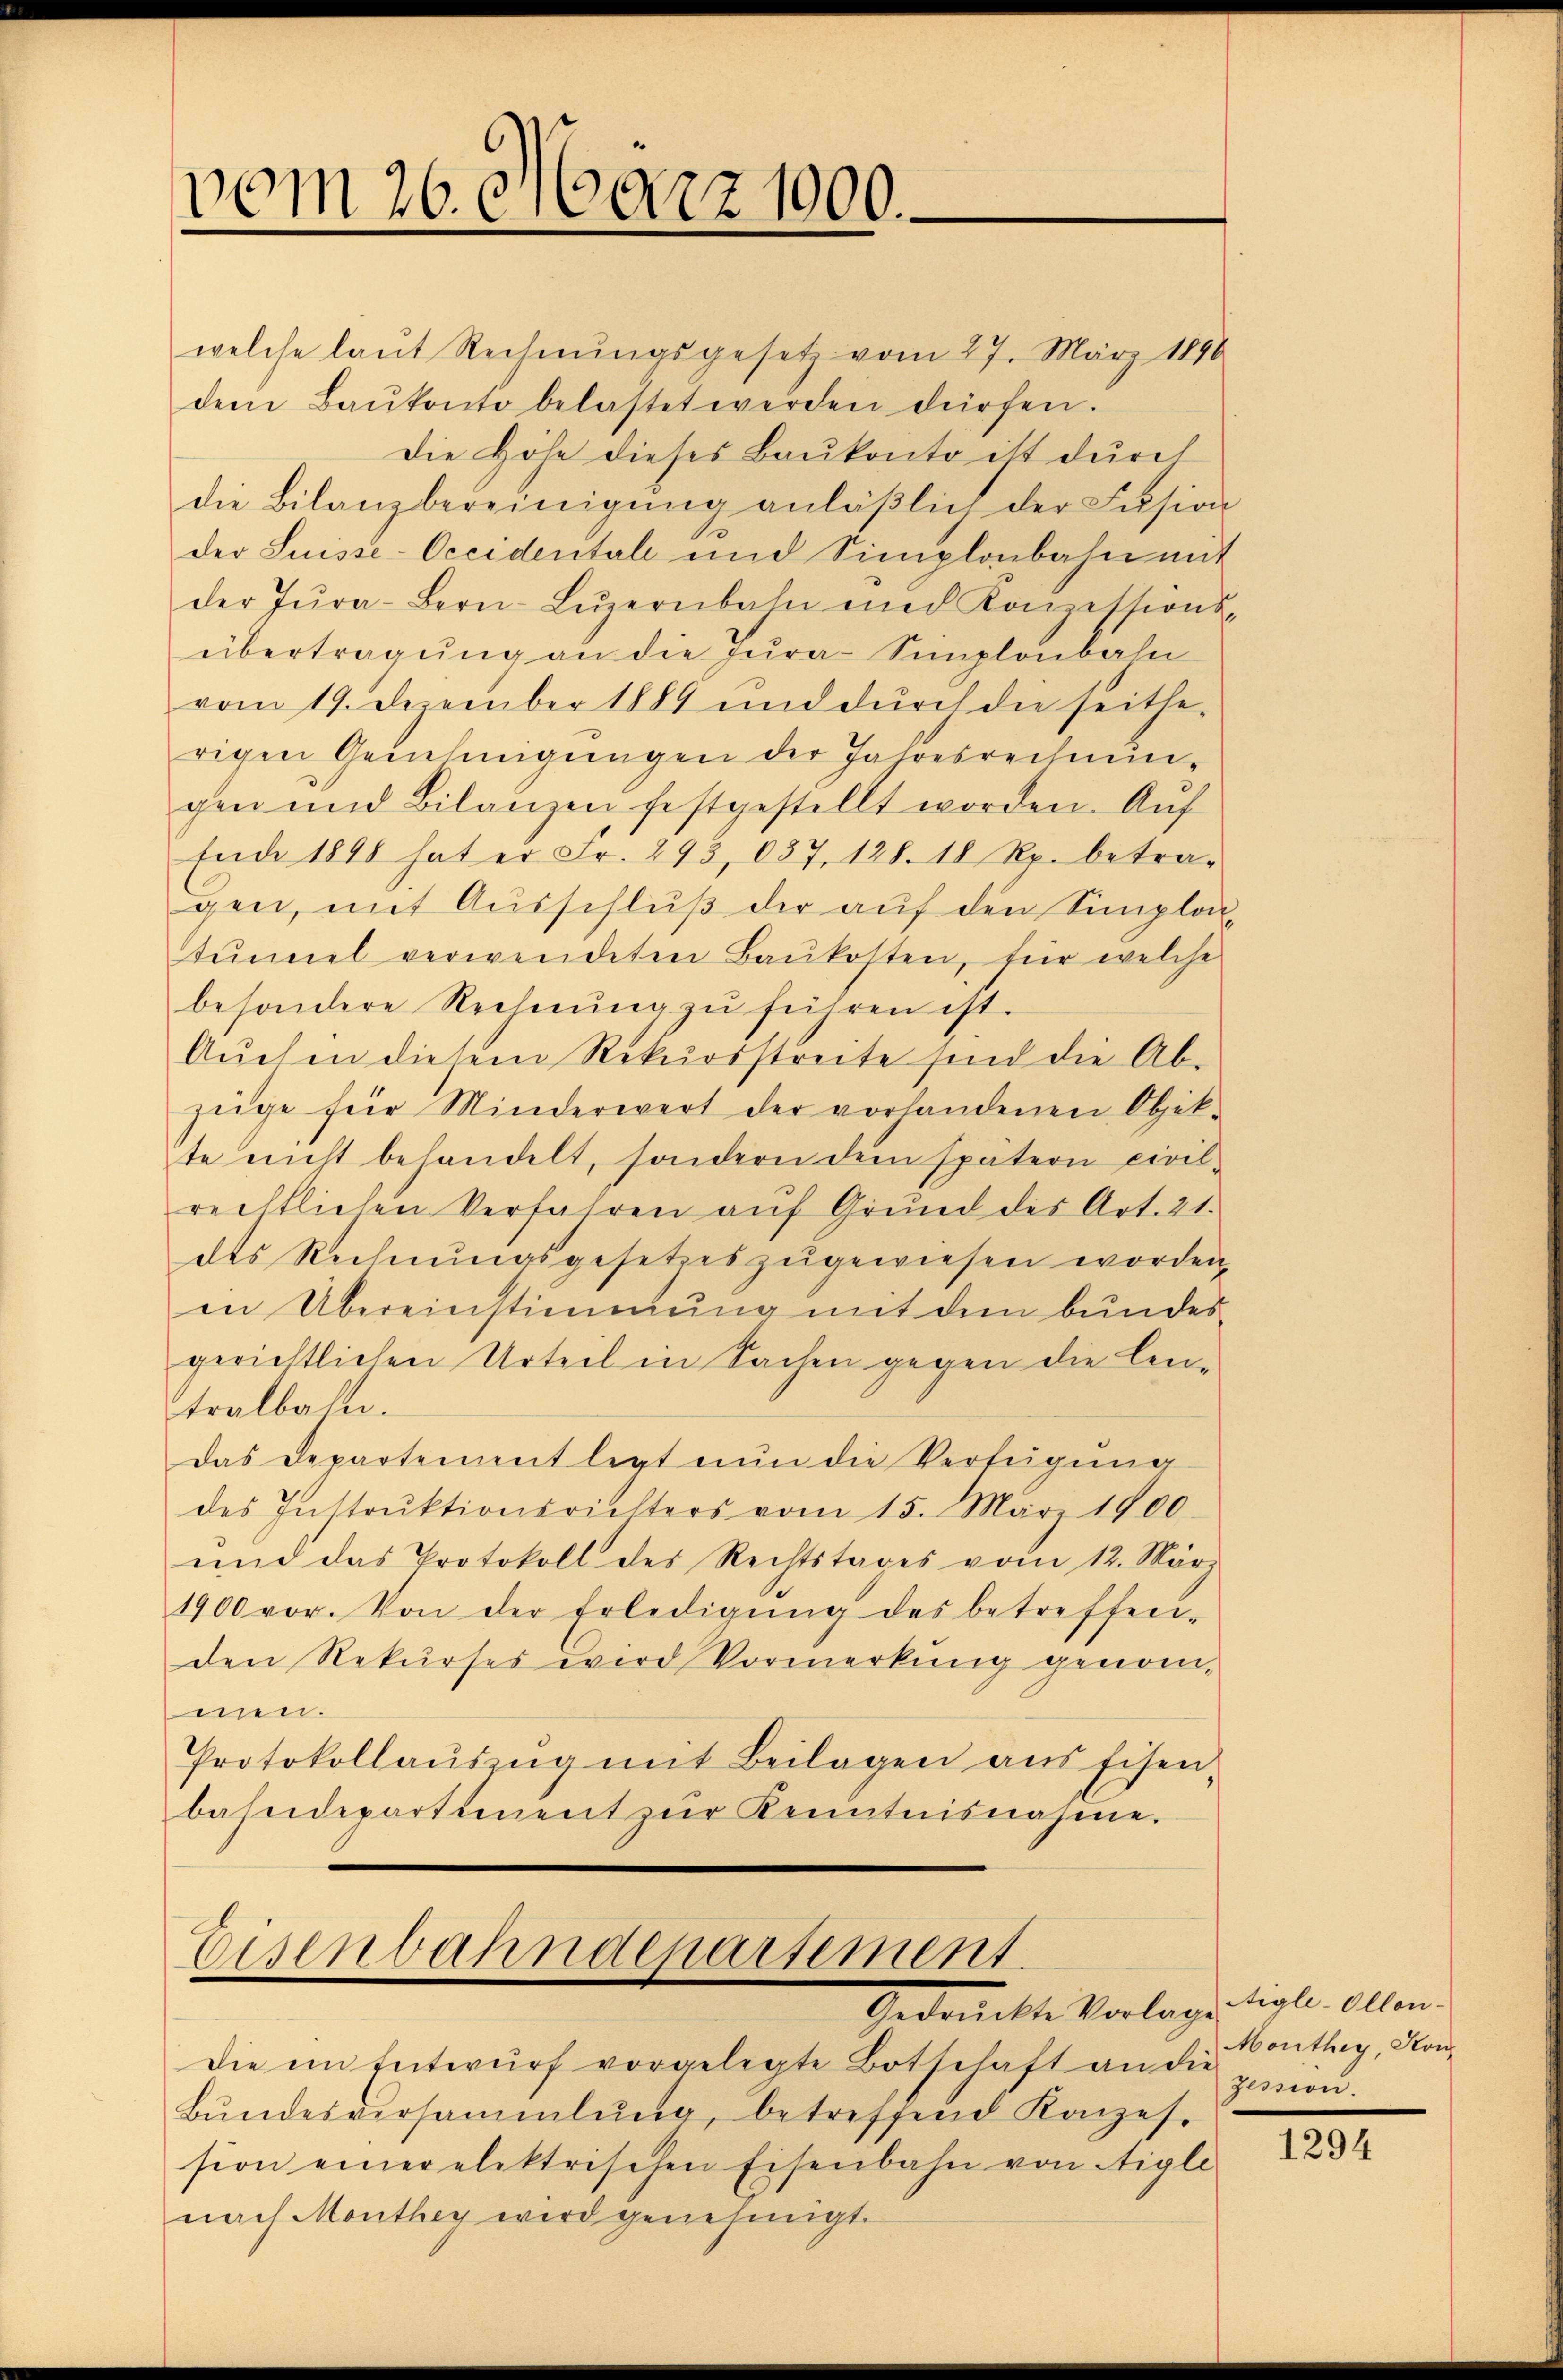
vom 26. März 1000.

Die Höhe dieses Baukonto ist durch
die Bilanzbereinigŭng anläβlich der Fusion
der Suisse-Occidentale und Simplonbahn mit
der Tŭra-Bern-Lŭzernbahn und Konzessions-
übertragung an die Jura-Simplonbahn
vom 19. Dezember 1889 und durch die seithe-
rigen Genehmigungen der Jahresrechnungen und Bilanzen festgestellt worden. Aŭf
Ende 1898 hat er Fr. 293, 037, 128. 18 Rp. betra-
gen, mit Ausschluß der auf den Simplotŭmel verwendeten Baŭkosten, für welche
besondere Rechnŭng zŭ führen ist.
Aŭchen diesem Rekursstreite sind die Ab-
züge für Minderwert der vorhandenen Objek-
te nicht behandelt, sondern dem spätern civil-
rechtlichen Verfahren aŭf Grund des Art. 21.
des Rechnŭngsgesetzes zŭgewiesen worden,
in Übereinstimmung mit dem bundes
gerichtlichen Urteil in Sachen gegen die Centralbahn.
Das Departement legt nun die Verfügung
des Instrŭktionsrichters vom 15. März 1900.
ŭnd das Protokoll des Rechtstages vom 12. März
1900 vor. Von der Erledigŭng des betreffen-
den Rekurses wird Vormerkung genommen.
Protokollaŭszŭg mit Beilagen aus Eisen,
bahndepartement zŭr Kenntnisnahme.

Eisenbahndepartement
Gedankette Vorlagertigten allen.

die ein Entwŭrf vorgelegte Botschaft an die gemon.
Bŭndesversammlung, betreffend Konzes.
sion einer elektrischen Eisenbahn von Aigle
nach Monthey wird genehmigt.

welche laut Rechnŭngsgesetz vom 27. März 1896
dem Baŭkonto belastet werden dürfen.

Monthey, Hon

1294